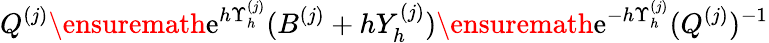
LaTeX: Q^{(j)}\ensuremath{\mathrm{e}}^{h\Upsilon_{h}^{(j)}}(B^{(j)}+hY_{h}^{(j)})\ensuremath{\mathrm{e}}^{-h\Upsilon_{h}^{(j)}}(Q^{(j)})^{-1}